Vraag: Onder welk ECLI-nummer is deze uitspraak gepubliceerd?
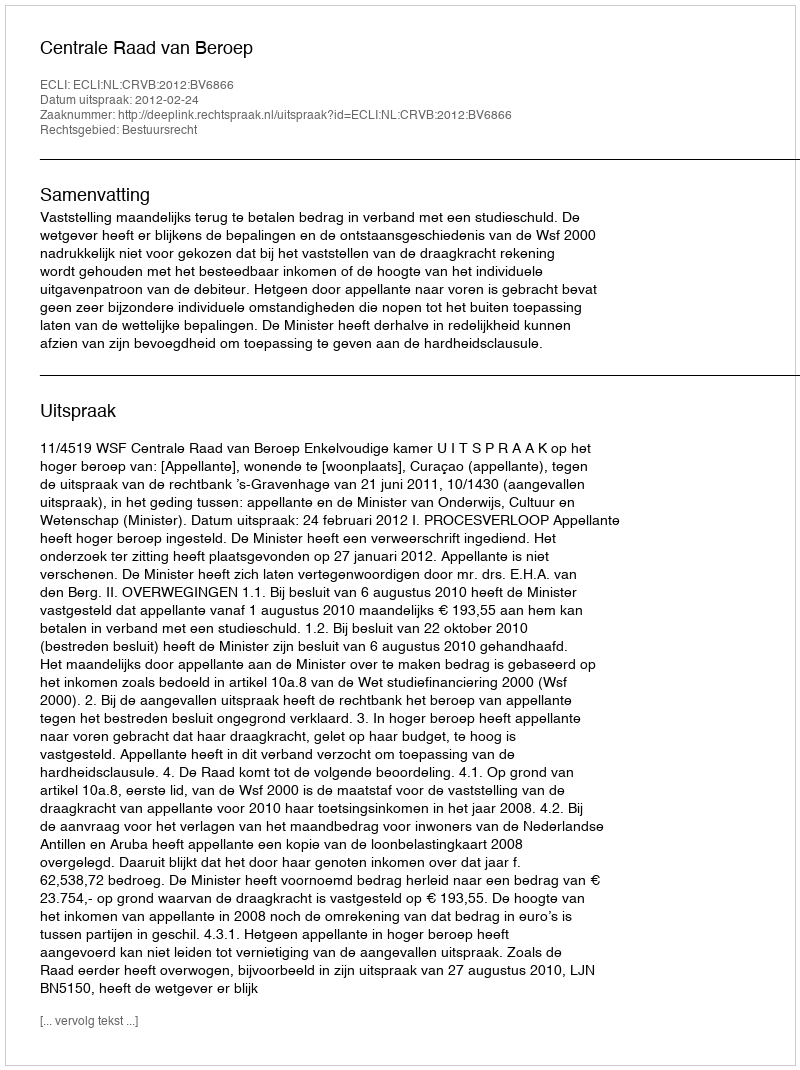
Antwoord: ECLI:NL:CRVB:2012:BV6866